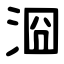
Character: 㴄